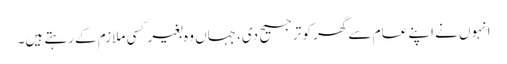
انہوں نے اپنے عام سے گھر کو ترجیح دی، جہاں وہ بغیر کسی ملازم کے رہتے ہیں۔